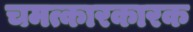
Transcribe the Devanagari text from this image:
चमत्कारकारक